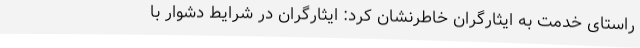
راستای خدمت به ایثارگران خاطرنشان کرد: ایثارگران در شرایط دشوار با